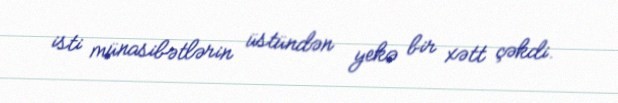
isti münasibətlərin üstündən yekə bir xətt çəkdi.